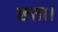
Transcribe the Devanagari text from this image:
छत्ता।